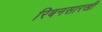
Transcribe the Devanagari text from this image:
रिबनसारखी